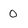
Character: 0